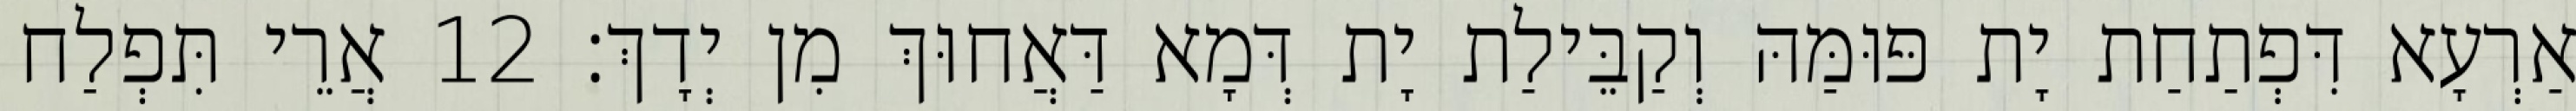
אַרְעָא דִּפְתַחַת יָת פּוּמַּהּ וְקַבֵּילַת יָת דְּמָא דַּאֲחוּךְ מִן יְדָךְ׃ 12 אֲרֵי תִּפְלַח